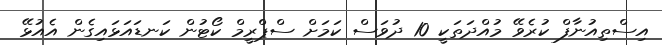
އިސްތިއުނާފް ކުރެވޭ މުއްދަތަކީ 10 ދުވަސް ކަމަށް ސްޕްރީމް ކޯޓުން ކަނޑައަޅައިގެން އެއުޅޭ